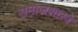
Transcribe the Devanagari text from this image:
समाजशास्त्रे